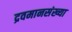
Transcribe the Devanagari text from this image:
द्रवमानसंख्या